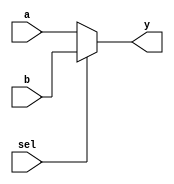
module mux2to1 (
    input wire a,        // Input signal a
    input wire b,        // Input signal b
    input wire sel,      // Select signal
    output reg y         // Output signal
);

// Combinational logic block
always @(*) begin
    if (sel) begin
        y = b;          // If sel is 1, output b
    end else begin
        y = a;          // If sel is 0, output a
    end
end

endmodule